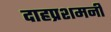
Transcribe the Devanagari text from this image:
दाहप्रशमनी